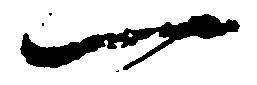
一